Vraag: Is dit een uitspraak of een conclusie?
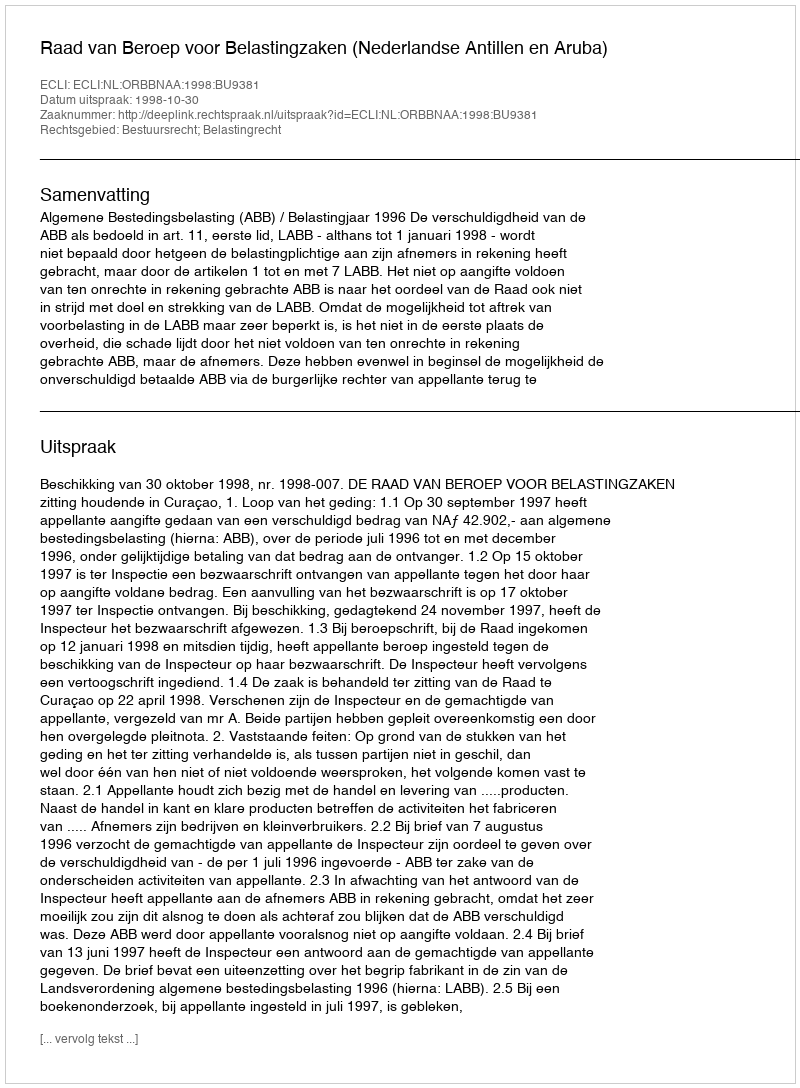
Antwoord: Uitspraak